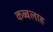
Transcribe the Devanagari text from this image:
कब्बलाह